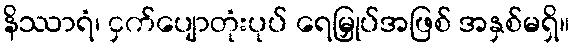
နိဿာရံ၊ ငှက်ပျောတုံးပုပ် ရေမြှုပ်အဖြစ် အနှစ်မရှိ။